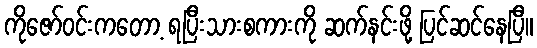
ကိုဇော်ဝင်းကတော့ ရပြီးသားစကားကို ဆက်နင်းဖို့ ပြင်ဆင်နေပြီ။